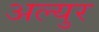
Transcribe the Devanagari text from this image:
अल्युर